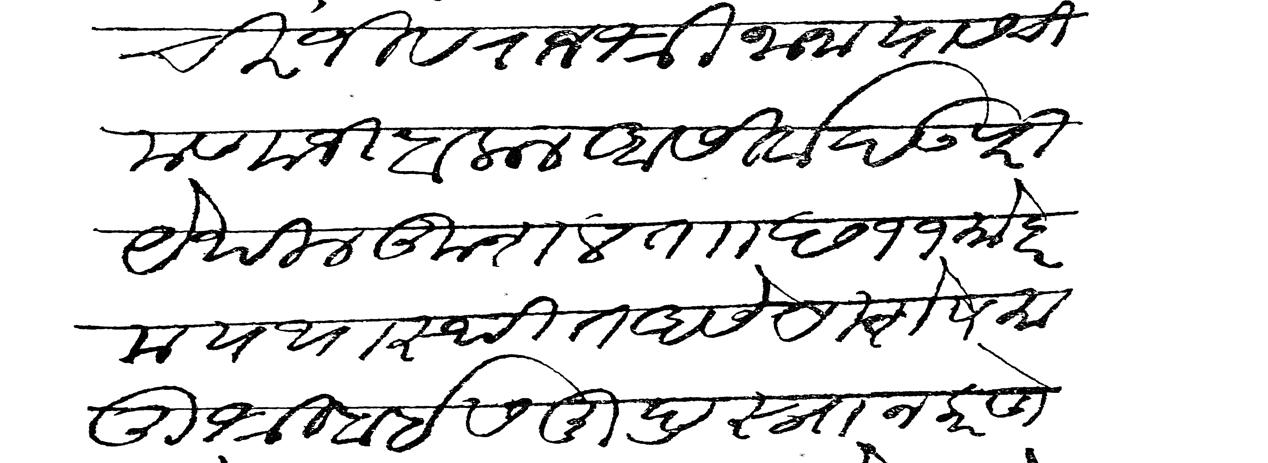
Transliteration (Devanagari): चिरंजीव राजश्री नाना यास चिमणाजी बलाल आसीर्वाद उपरी येथील कुशल ताा छ ११ मोहरम यथास्थित असे विशेष मातुश्रीबाई समुद्रस्नान करणे